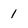
Character: 1